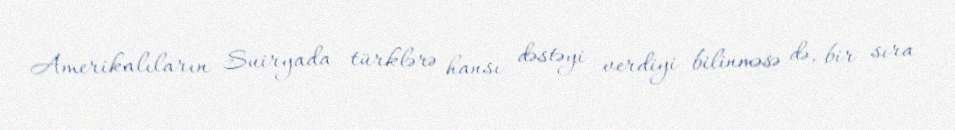
Amerikalıların Suiryada türklərə hansı dəstəyi verdiyi bilinməsə də, bir sıra